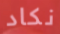
نكاد